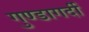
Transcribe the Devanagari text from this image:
गुण्डागर्दी